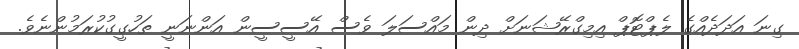
ގިނަ އަދަދެއްގެ ލެޕްޓޮޕް އިމިގްރޭޝަނަށް ދިން މައްސަލަ ވެސް އޭސީސީން އަންނަނީ ތަހުގީގުކުރަމުންނެވެ.